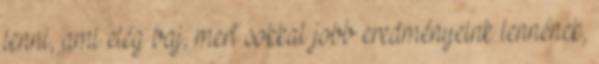
lenni, ami elég baj, mert sokkal jobb eredményeink lennének,